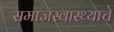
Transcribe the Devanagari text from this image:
समाजस्वास्थ्याचे